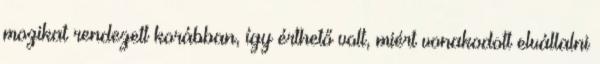
mozikat rendezett korábban, így érthető volt, miért vonakodott elvállalni